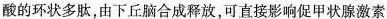
酸的环状多肽，由下丘脑合成释放，可直接影响促甲状腺激素